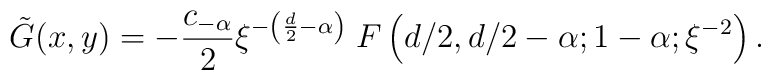
\tilde G(x,y) = - \frac{c_{-\alpha}}2  \xi^{-\left(\frac{d}2-\alpha\right)}\; F\left(  d/2,d/2-\alpha;1-\alpha;\xi^{-2} \right).